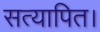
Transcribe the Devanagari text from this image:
सत्यापित।